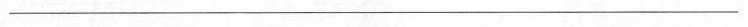
\underline